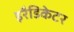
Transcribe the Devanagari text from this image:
इरैडिकेटर